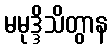
မမုဒ္ဒိသိတွာန